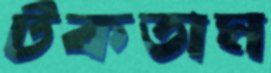
টকতাম